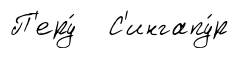
П'еру́ С'ингапу́р